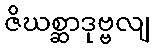
ဇိဃစ္ဆာဒုဗ္ဗလျ